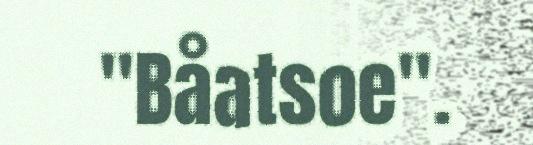
"Båatsoe".